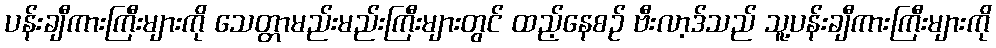
ပန်းချီကားကြီးများကို သေတ္တာမည်းမည်းကြီးများတွင် ထည့်နေစဉ် ဗီးလာ့ဒ်သည် သူ့ပန်းချီကားကြီးများကို